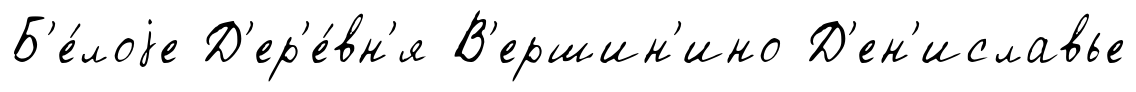
Б'е́лоjе Д'ер'е́вн'я В'ершин'ино Д'ен'иславье